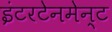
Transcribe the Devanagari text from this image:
इंटरटेनमेन्ट